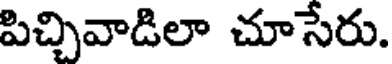
పిచ్చివాడిలా చూసేరు.